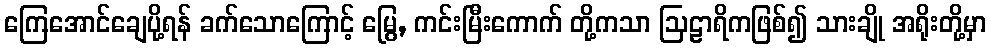
ကြေအောင်ချေပို့ရန် ခက်သောကြောင့် မြွေ, ကင်းမြီးကောက် တို့ကသာ ဩဠာရိကဖြစ်၍ သားချို အရိုးတို့မှာ